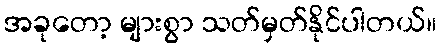
အခုတော့ များစွာ သတ်မှတ်နိုင်ပါတယ်။